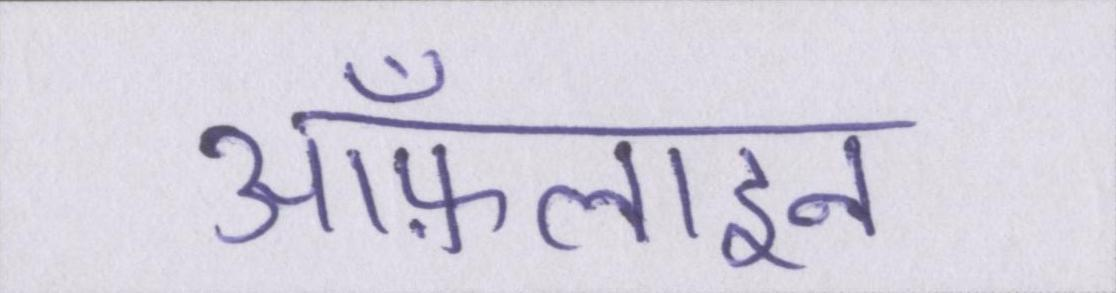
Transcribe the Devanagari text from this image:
ऑफ़लाइन